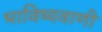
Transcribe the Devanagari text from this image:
भाविष्यवाणी